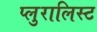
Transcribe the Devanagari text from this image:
प्लुरालिस्ट